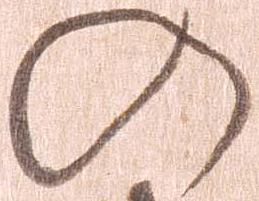
の